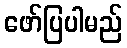
ဖော်ပြပါမည်